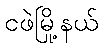
ငဖဲမြို့နယ်